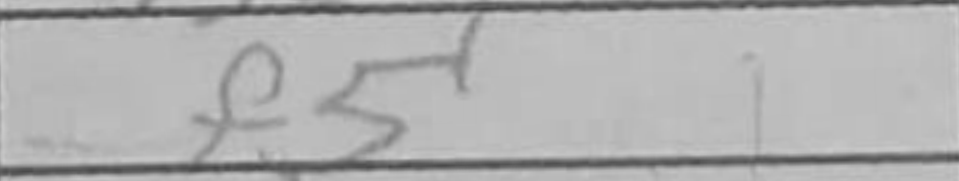
Transcription: f5